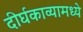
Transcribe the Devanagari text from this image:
दीर्घकाव्यामध्ये